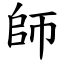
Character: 師